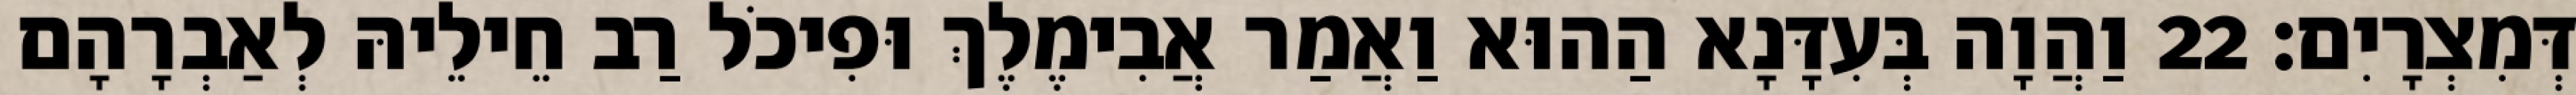
דְּמִצְרָיִם׃ 22 וַהֲוָה בְּעִדָּנָא הַהוּא וַאֲמַר אֲבִימֶלֶךְ וּפִיכֹל רַב חֵילֵיהּ לְאַבְרָהָם